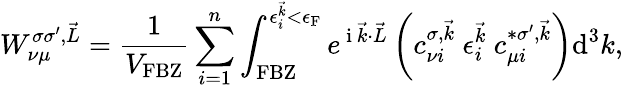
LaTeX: W_{\nu\mu}^{\sigma\sigma^{\prime},\vec{L}}=\frac{1}{V_{\textrm{FBZ}}}\sum_{i=1}^{n}\int_{\textrm{FBZ}}^{\epsilon_{i}^{\vec{k}}<\epsilon_{\textrm{F}}}e^{\mathrm{~i~}\vec{k}\cdot\vec{L}}\left(c_{\nu i}^{\sigma,\vec{k}}~\epsilon_{i}^{\vec{k}}~c_{\mu i}^{*\sigma^{\prime},\vec{k}}\right)\textrm{d}^{3}k,